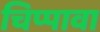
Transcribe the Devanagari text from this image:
चिप्पावा